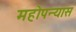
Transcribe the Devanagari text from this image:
महोपन्यास